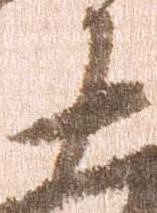
十